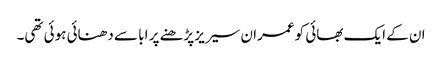
ان کے ایک بھائی کو عمران سیریز پڑھنے پر ابا سے دھنائی ہوئی تھی۔